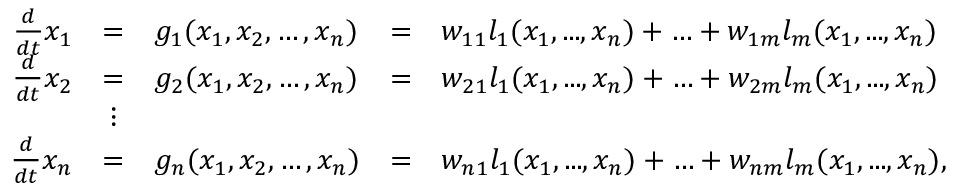
\begin{array} { r c l c l } { \frac { d } { d t } x _ { 1 } } & { = } & { g _ { 1 } ( x _ { 1 } , x _ { 2 } , \ldots , x _ { n } ) } & { = } & { w _ { 1 1 } l _ { 1 } ( x _ { 1 } , . . . , x _ { n } ) + \ldots + w _ { 1 m } l _ { m } ( x _ { 1 } , . . . , x _ { n } ) } \\ { \frac { d } { d t } x _ { 2 } } & { = } & { g _ { 2 } ( x _ { 1 } , x _ { 2 } , \ldots , x _ { n } ) } & { = } & { w _ { 2 1 } l _ { 1 } ( x _ { 1 } , . . . , x _ { n } ) + \ldots + w _ { 2 m } l _ { m } ( x _ { 1 } , . . . , x _ { n } ) } \\ & { \vdots } & \\ { \frac { d } { d t } x _ { n } } & { = } & { g _ { n } ( x _ { 1 } , x _ { 2 } , \ldots , x _ { n } ) } & { = } & { w _ { n 1 } l _ { 1 } ( x _ { 1 } , . . . , x _ { n } ) + \ldots + w _ { n m } l _ { m } ( x _ { 1 } , . . . , x _ { n } ) , } \end{array}